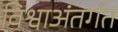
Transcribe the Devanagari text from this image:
विश्वाअंतर्गत